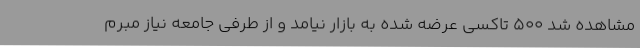
مشاهده شد 500 تاکسی عرضه شده به بازار نیامد و از طرفی جامعه نیاز مبرم